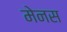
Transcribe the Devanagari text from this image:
मेनस